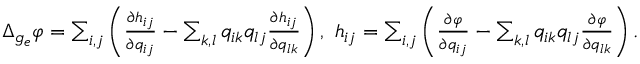
\begin{array} { r } { \Delta _ { g _ { e } } \varphi = \sum _ { i , j } \left( \frac { \partial h _ { i j } } { \partial q _ { i j } } - \sum _ { k , l } q _ { i k } q _ { l j } \frac { \partial h _ { i j } } { \partial q _ { l k } } \right) , \ h _ { i j } = \sum _ { i , j } \left( \frac { \partial \varphi } { \partial q _ { i j } } - \sum _ { k , l } q _ { i k } q _ { l j } \frac { \partial \varphi } { \partial q _ { l k } } \right) . } \end{array}